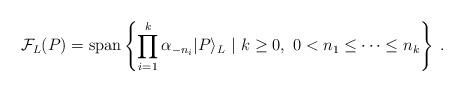
LaTeX: \begin{align*}\mathcal{F}_L(P)=\mathrm{span}\left\{\prod_{i=1}^k \alpha_{-n_i}|P\rangle_L\ |\ k\geq 0,\ 0<n_1\leq\dots\leq n_k\right\}\;.\end{align*}